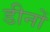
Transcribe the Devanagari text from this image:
डीनों